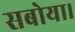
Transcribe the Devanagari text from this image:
सबोया।